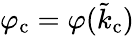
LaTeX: \varphi_{\mathrm{c}}=\varphi(\tilde{k}_{\mathrm{c}})